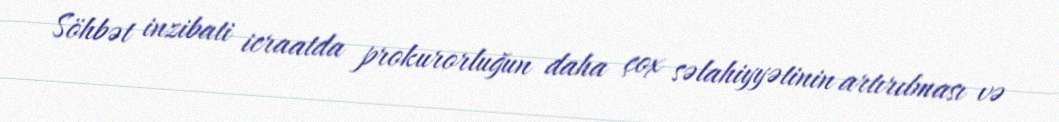
Söhbət inzibati icraatda prokurorluğun daha çox səlahiyyətinin artırılması və